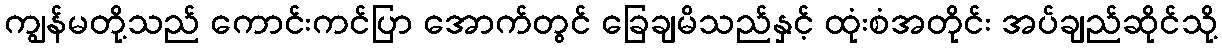
ကျွန်မတို့သည် ကောင်းကင်ပြာ အောက်တွင် ခြေချမိသည်နှင့် ထုံးစံအတိုင်း အပ်ချည်ဆိုင်သို့